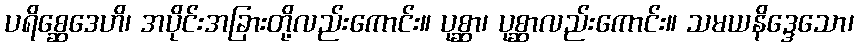
ပရိစ္ဆေဒေဟိ၊ အပိုင်းအခြားတို့လည်းကောင်း။ ပုစ္ဆာ၊ ပုစ္ဆာလည်းကောင်း။ သမယနိဒ္ဒေသော၊